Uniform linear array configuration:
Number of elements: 24
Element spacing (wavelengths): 0.75
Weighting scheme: hann
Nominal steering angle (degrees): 15
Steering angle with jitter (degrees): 15.994
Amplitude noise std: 0.05
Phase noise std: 0.05

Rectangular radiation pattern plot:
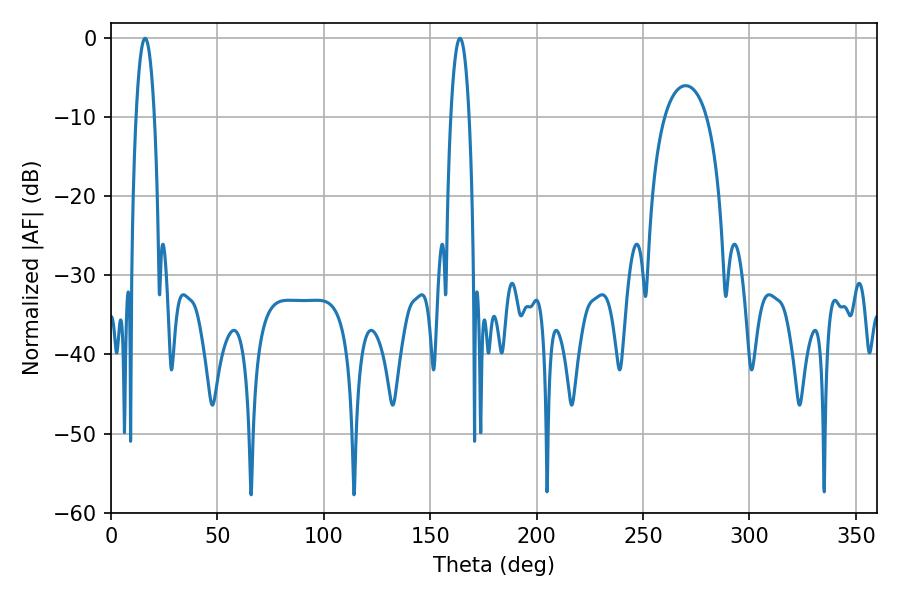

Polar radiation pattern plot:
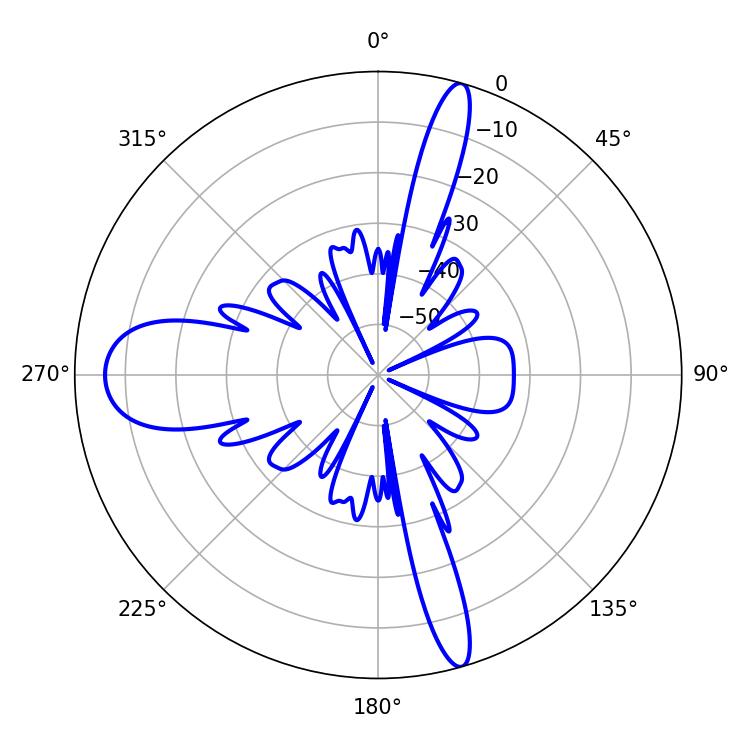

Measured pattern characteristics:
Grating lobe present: TRUE
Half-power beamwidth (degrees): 4.68
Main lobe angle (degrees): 16.02